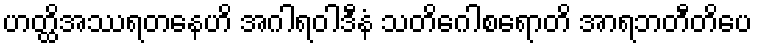
ဟတ္ထိအဿရတနေဟိ အဂါရဝါဒီနံ သတိဂေါစရောတိ အာရဘတီတိပေ